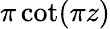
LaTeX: \pi\cot(\pi z)